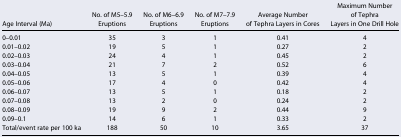
| Age Interval (Ma) | No. of M5–5.9 Eruptions | No. of M6–6.9 Eruptions | No. of M7–7.9 Eruptions | Average Number of Tephra Layers in Cores | Maximum Number of Tephra Layers in One Drill Hole |
 | --- | --- | --- | --- | --- | --- |
 | 0–0.01 | 35 | 3 | 1 | 0.41 | 4 |
 | 0.01–0.02 | 19 | 5 | 1 | 0.27 | 2 |
 | 0.02–0.03 | 24 | 4 | 1 | 0.45 | 2 |
 | 0.03–0.04 | 21 | 7 | 2 | 0.52 | 6 |
 | 0.04–0.05 | 13 | 5 | 1 | 0.39 | 4 |
 | 0.05–0.06 | 17 | 4 | 0 | 0.42 | 4 |
 | 0.06–0.07 | 13 | 5 | 1 | 0.18 | 2 |
 | 0.07–0.08 | 13 | 2 | 0 | 0.24 | 2 |
 | 0.08–0.09 | 19 | 9 | 2 | 0.44 | 9 |
 | 0.09–0.1 | 14 | 6 | 1 | 0.33 | 2 |
 | Total/event rate per 100 ka | 188 | 50 | 10 | 3.65 | 37 |